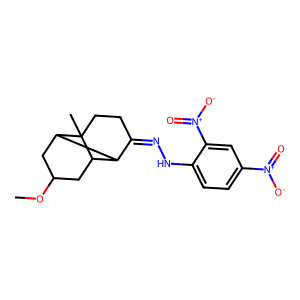
SMILES: COC1CC2C3C(=NNc4ccc([N+](=O)[O-])cc4[N+](=O)[O-])CCC2(C)C3C1
Inhibits HIV replication: No